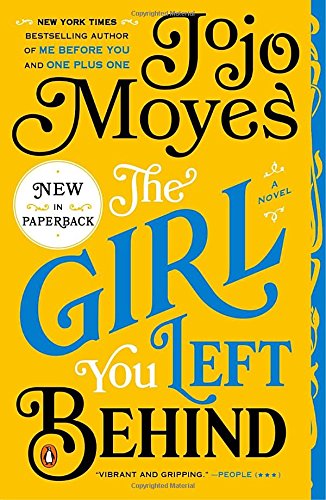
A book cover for The Girl You Left Behind: A Novel; Jojo Moyes; Romance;